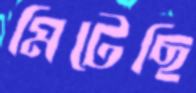
মিটেছি